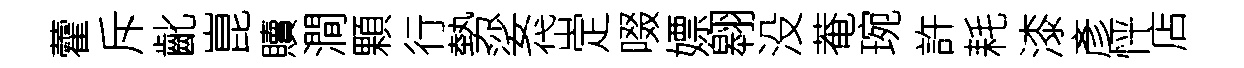
藿斥齔崑贖澗顆行勢娑岱定啜嫖翱没菴琬許耗漆彥怦店